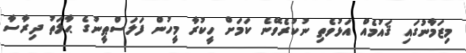
މިޒަމާނުގައި ޤައުމެއް އަޅުވެތި ނުކުރެވޭނެ ކަމަށް ހީކުރާ މީހުން ފަލަސްޠީނުގެ ޙާލަތު ދިރާސާ